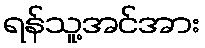
ရန်သူ့အင်အား